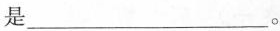
是___。